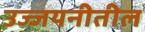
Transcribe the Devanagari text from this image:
उज्जयनीतील